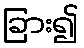
ခြား၍